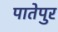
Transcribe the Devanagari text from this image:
पातेपुर